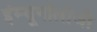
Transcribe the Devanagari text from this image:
इंम्यूनॉलोजी